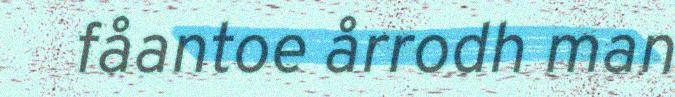
fåantoe årrodh man